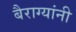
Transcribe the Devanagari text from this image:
बैराग्यांनी